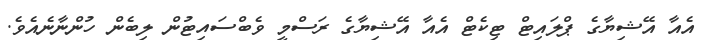
އެއާ އޭޝިޔާގެ ޕްލައިޓް ޓިކެޓް އެއާ އޭޝިޔާގެ ރަސްމީ ވެބްސައިޓުން ލިބެން ހުންނާނެއެވެ.